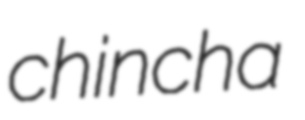
chincha